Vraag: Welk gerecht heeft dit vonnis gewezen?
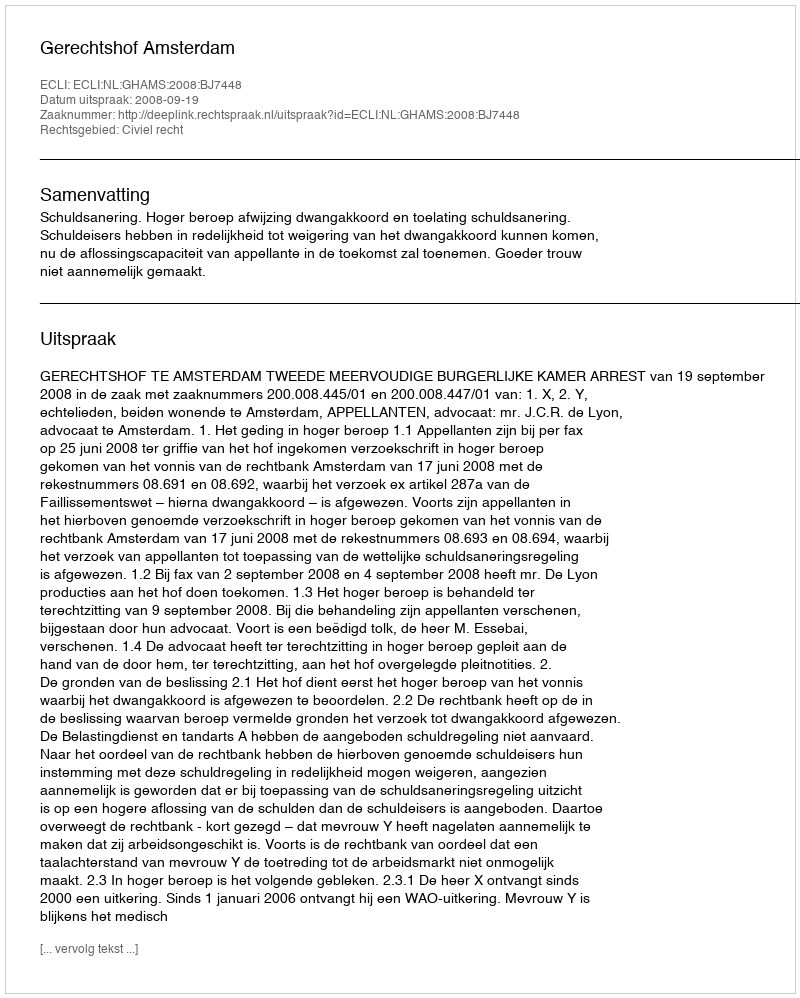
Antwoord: Gerechtshof Amsterdam